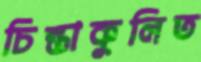
চিন্তাকুলিত